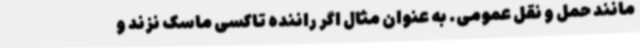
مانند حمل و نقل عمومی. به عنوان مثال اگر راننده تاکسی ماسک نزند و